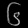
Digit: ၆